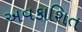
અવકાશિત